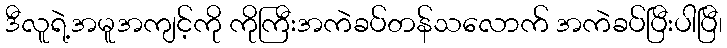
ဒီလူရဲ့အမူအကျင့်ကို ကိုကြီးအကဲခပ်တန်သလောက် အကဲခပ်ပြီးပါပြီ၊